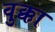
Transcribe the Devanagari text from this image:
वुक्का